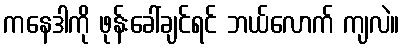
ကနေဒါကို ဖုန်းခေါ်ချင်ရင် ဘယ်လောက် ကျလဲ။